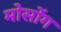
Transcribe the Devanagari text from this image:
मोसोंग